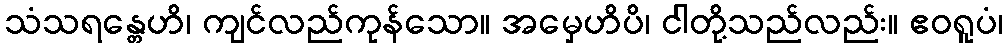
သံသရန္တေဟိ၊ ကျင်လည်ကုန်သော။ အမှေဟိပိ၊ ငါတို့သည်လည်း။ ဧဝရူပံ၊